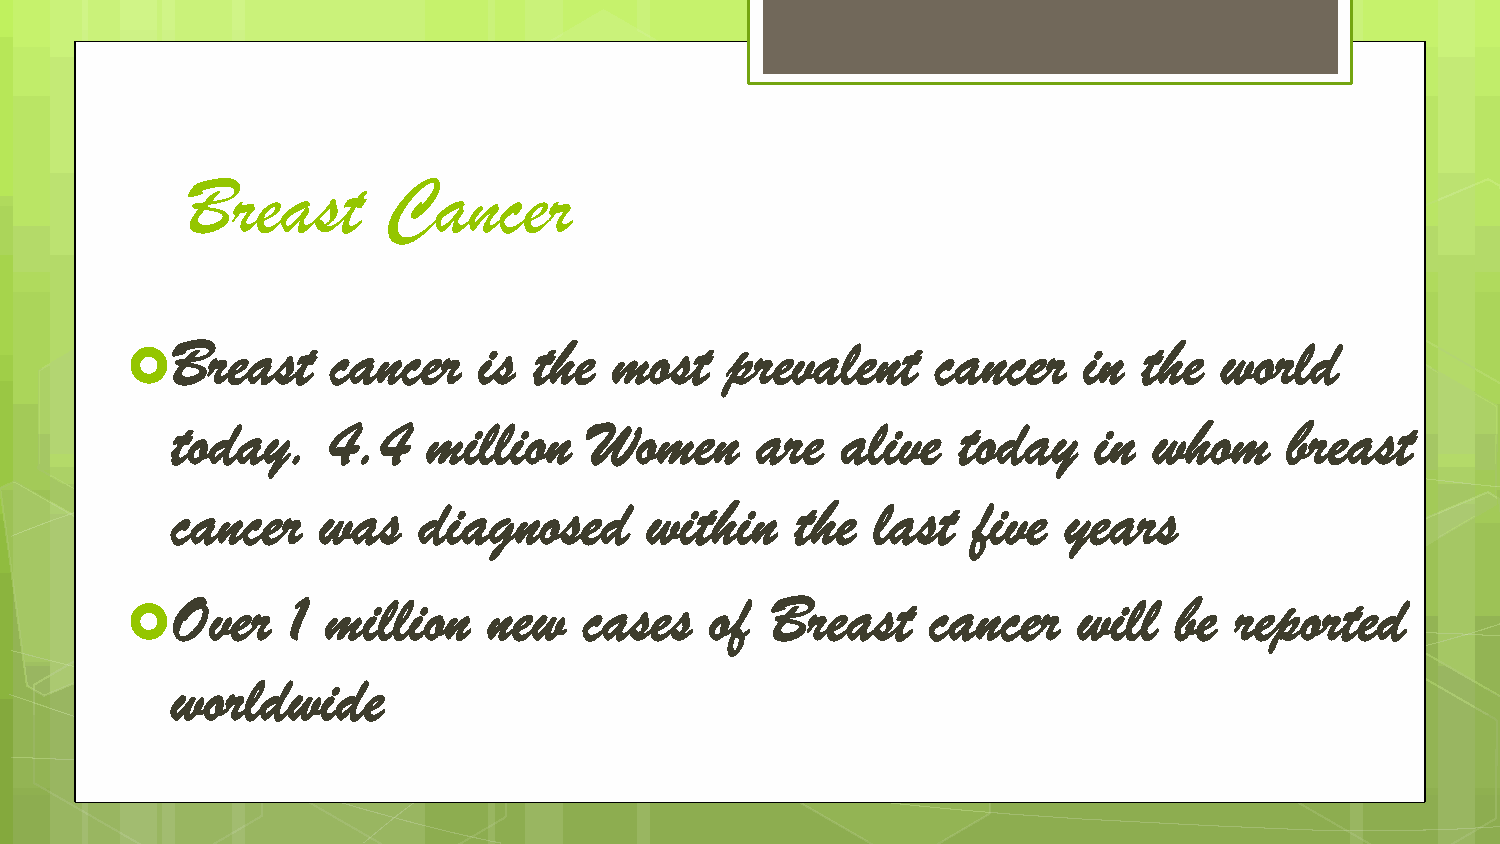
Breast       Cancer
 Breast     cancer    is the   most   prevalent     cancer    in  the  world
 
 today.     4.4   million    Women      are   alive  today    in  whom     breast
 cancer    was    diagnosed      within    the  last  five   years
 Over    1  million   new    cases   of  Breast     cancer   will   be  reported
 
 worldwide